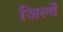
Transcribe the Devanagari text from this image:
जिल्दें